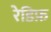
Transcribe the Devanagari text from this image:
रेडिफ़